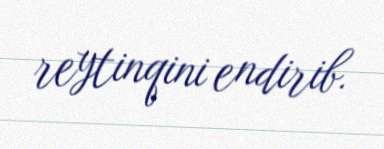
reytinqini endirib.